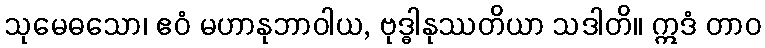
သုမေဓသော၊ ဧဝံ မဟာနုဘာဝါယ, ဗုဒ္ဓါနုဿတိယာ သဒါတိ။ ဣဒံ တာဝ